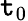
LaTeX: \mathtt{t}_{0}